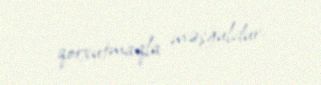
qorxutmaqla məşğuldur.